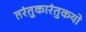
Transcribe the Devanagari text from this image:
तरंतुकारंतुकयो